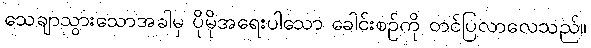
သေချာသွားသောအခါမှ ပိုမိုအရေးပါသော ခေါင်းစဉ်ကို တင်ပြလာလေသည်။